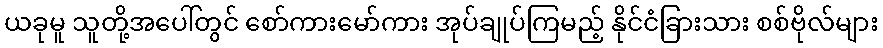
ယခုမူ သူတို့အပေါ်တွင် စော်ကားမော်ကား အုပ်ချုပ်ကြမည့် နိုင်ငံခြားသား စစ်ဗိုလ်များ